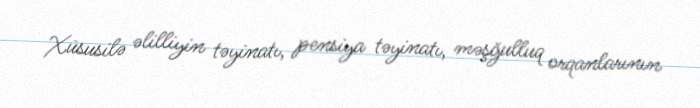
Xüsusilə əlilliyin təyinatı, pensiya təyinatı, məşğulluq orqanlarının